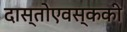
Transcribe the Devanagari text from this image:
दास्तोएवस्ककी